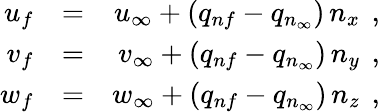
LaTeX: \begin{array}{rlr}{{u_{f}}}&{{}{=}}&{{u_{\infty}+(q_{nf}-q_{n_{\infty}})\, n_{x}\, \mathrm{~,~}}}\\ {{v_{f}}}&{{}{=}}&{{v_{\infty}+(q_{nf}-q_{n_{\infty}})\, n_{y}\, \mathrm{~,~}}}\\ {{w_{f}}}&{{}{=}}&{{w_{\infty}+(q_{nf}-q_{n_{\infty}})\, n_{z}\, \mathrm{~,~}}}\end{array}